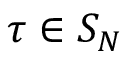
\tau \in S _ { N }